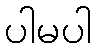
ပါမပါ